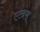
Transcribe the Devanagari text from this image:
एल्ब्रस